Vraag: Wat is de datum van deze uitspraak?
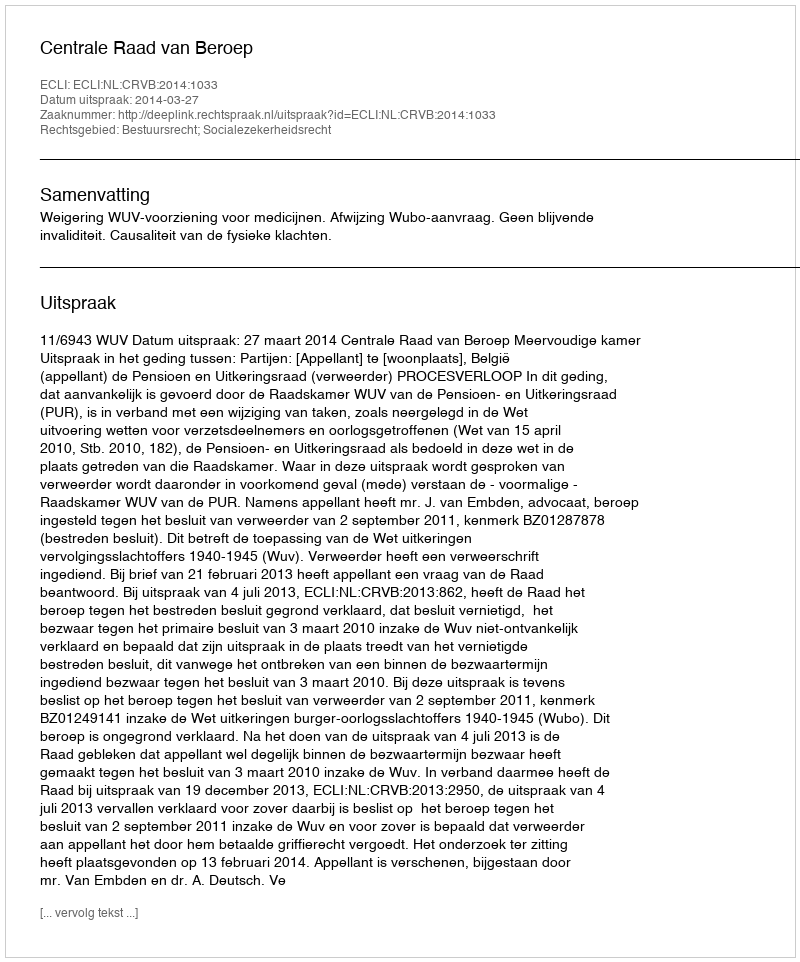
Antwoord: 2014-03-27